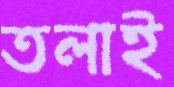
তলাই